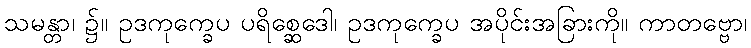
သမန္တာ၊ ၌။ ဥဒကုက္ခေပ ပရိစ္ဆေဒေါ၊ ဥဒကုက္ခေပ အပိုင်းအခြားကို။ ကာတဗ္ဗော၊